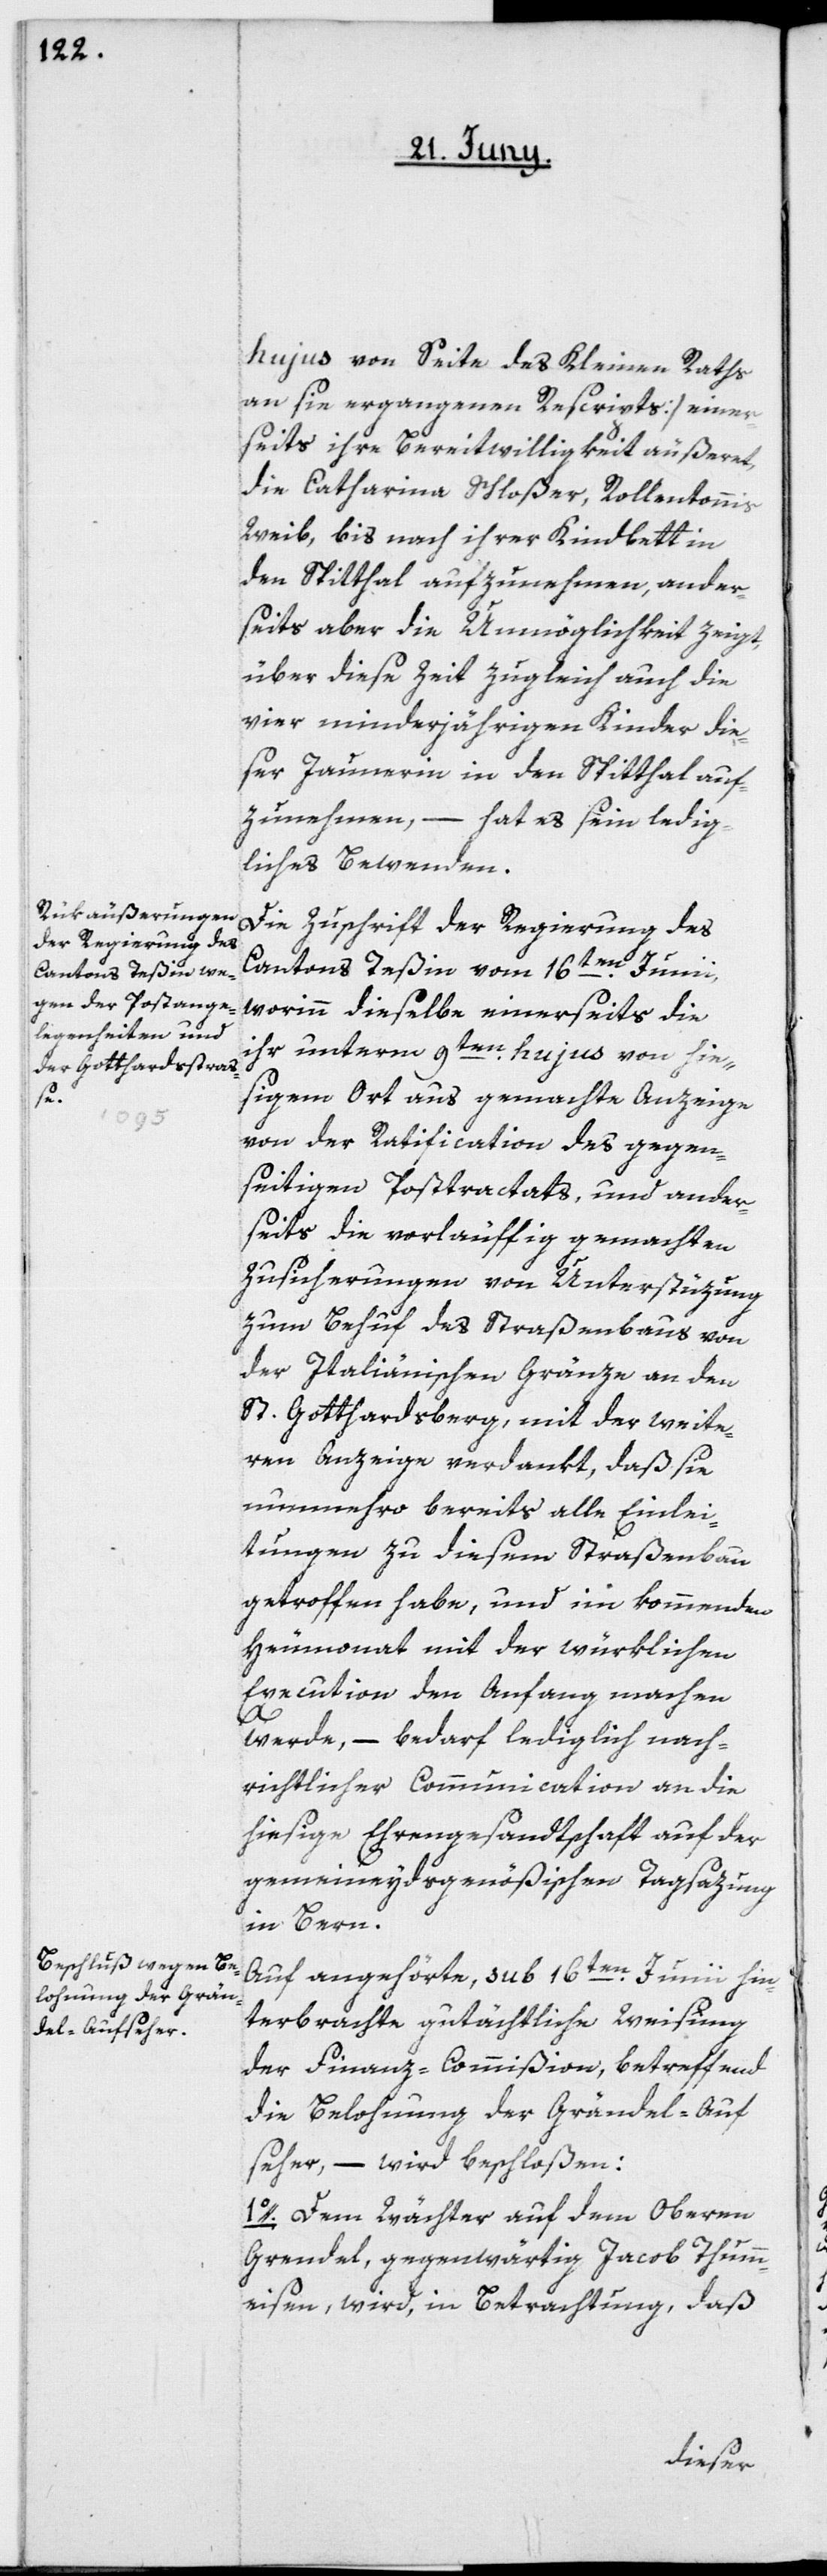
hujus von Seite des Kleinen Raths
an sie ergangenen Rescripts] einer¬
seits ihre Bereitwilligkeit äußeret,
die Catharina Schloßer, Rollentonis
Weib, bis nach ihrer Kindbett in
den Spitthal aufzunehmen, ander¬
seits aber die Unmöglichkeit zeigt,
über diese Zeit zugleich auch die
vier minderjährigen Kinder die¬
ser Jaunerin in den Spitthal auf¬
zunehmen, – hat es sein ledig¬
liches Bewenden.
Die Zuschrift der Regierung des
Cantons Teßin vom 16ten Junii,
worinn dieselbe einerseits die
ihr unterm 9ten hujus von hie¬
sigem Ort aus gemachte Anzeige
von der Ratification des gegen¬
seitigen Posttractats, und ander¬
seits die vorläuffig gemachten
Zusicherungen von Unterstüzung
zum Behuf des Straßenbaus von
der Italienischen Gränze an den
St. Gotthardsberg, mit der weite¬
ren Anzeige verdankt, daß sie
nunmehro bereits alle Einlei¬
tungen zu diesem Straßenbau
getroffen habe, und im kommenden
Heumonat mit der würklichen
Execution den Anfang machen
werde, – bedarf lediglich nach¬
richtlicher Communication an die
hiesige Ehrengesandtschaft auf der
gemeineydsgenößischen Tagsazung
in Bern.
Auf angehörte, sub 16ten Junii hin¬
terbrachte gutächtliche Weisung
der Finanz-Commißion, betreffend
die Belohnung der Grändel-Auf¬
seher, – wird beschloßen:
1o. Dem Wächter auf dem Oberen
Grändel, gegenwärtig Jacob Thumm¬
eisen, wird in Betrachtung, daß